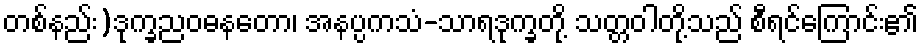
တစ်နည်း)ဒုက္ခညဝဓနတော၊ အနပ္ပကသံ-သာရဒုက္ခတို့ သတ္တဝါတို့သည် စီရင်ကြောင်း၏